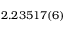
2 . 2 3 5 1 7 ( 6 )